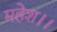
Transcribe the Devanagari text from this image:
महेश।।